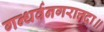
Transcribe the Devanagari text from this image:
गन्धर्वनगरात्तदा॥